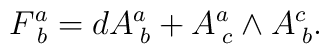
F_{\;b}^{a}=dA_{\;b}^{a}+A_{\;c}^{a}\wedge A_{\; b}^{c}.